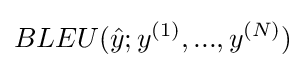
BLEU({\hat {y}};y^{(1)},...,y^{(N)})